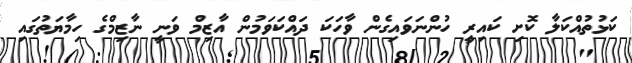
ކަޅުތުއްކަލާ ކޮށި ކައިރީ ހުންނަވައިގެން ވާހަކަ ދައްކަވަމުން އާޒިމް ވަނީ ނާޒިމްގެ ހިމާޔަތުގައި